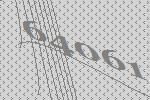
64061